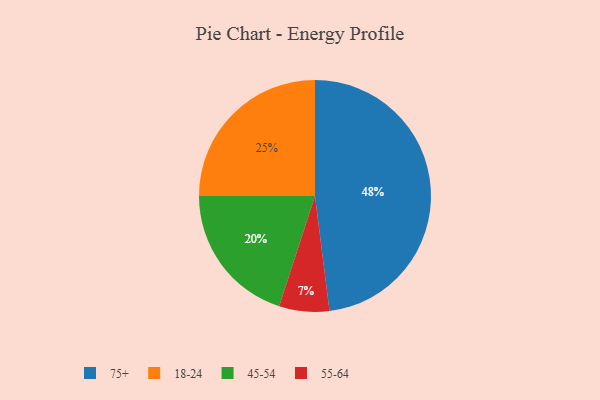
{"axis": {"x": "Category", "y": "Percentage"}, "legend": ["18-24", "45-54", "55-64", "75+"], "data": [{"x": "45-54", "y": 20, "type": "45-54"}, {"x": "55-64", "y": 7, "type": "55-64"}, {"x": "75+", "y": 48, "type": "75+"}, {"x": "18-24", "y": 25, "type": "18-24"}]}